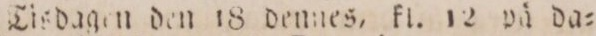
Tisdagen den 18 dennes, kl. 12 på da=